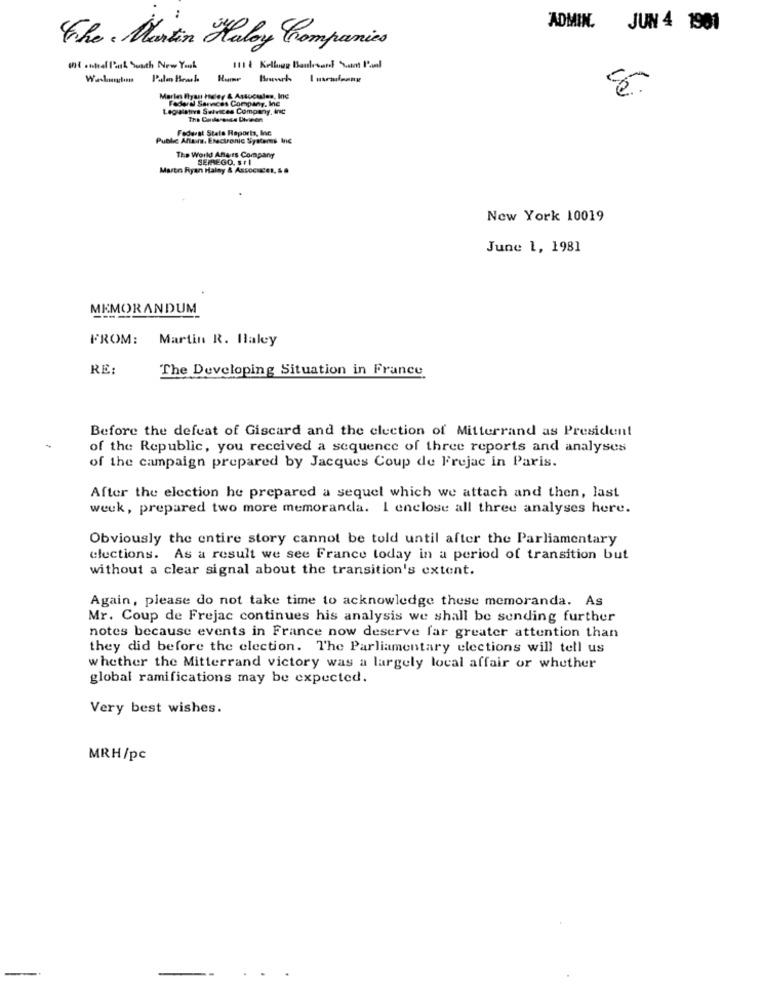
ADMIN. JUN 4 1901
The Martin Haly Companies
inf anteel Park Suath New Youk
Marlen Piyas heler & Associates, Ine
Faderal Sarinces Company, Inc
Legislativa Selvices Company, Inc
The Cuslesauce Divieen
Federal Stela Reports, Inc
Public Allans, Electronic Systems Inc
The World Anairs Company
SEPREGO. STI
Maren Ryan Halny & Assocuces, & #
New York 10019
June 1, 1981
MEMORANDUM
FROM: Martin R. Haley
RE:
The Developing Situation in France
Before the defeat of Giscard and the election of Mitterrand as President
of the Republic, you received a sequence of three reports and analyses
of the campaign prepared by Jacques Coup de Frejac in Paris.
After the election he prepared a sequel which we attach and then, last
week, prepared two more memoranda. I enclose all three analyses here.
Obviously the entire story cannot be told until after the Parliamentary
elections. As a result we see France today in a period of transition but
without a clear signal about the transition's extent.
Again, please do not take time to acknowledge these memoranda. As
Mr. Coup de Frejac continues his analysis we shall be sending further
notes because events in France now deserve far greater attention than
they did before the election. The Parliamentary elections will tell us
whether the Mitterrand victory was a largely local affair or whether
global ramifications may be expected.
Very best wishes.
MRH/pc